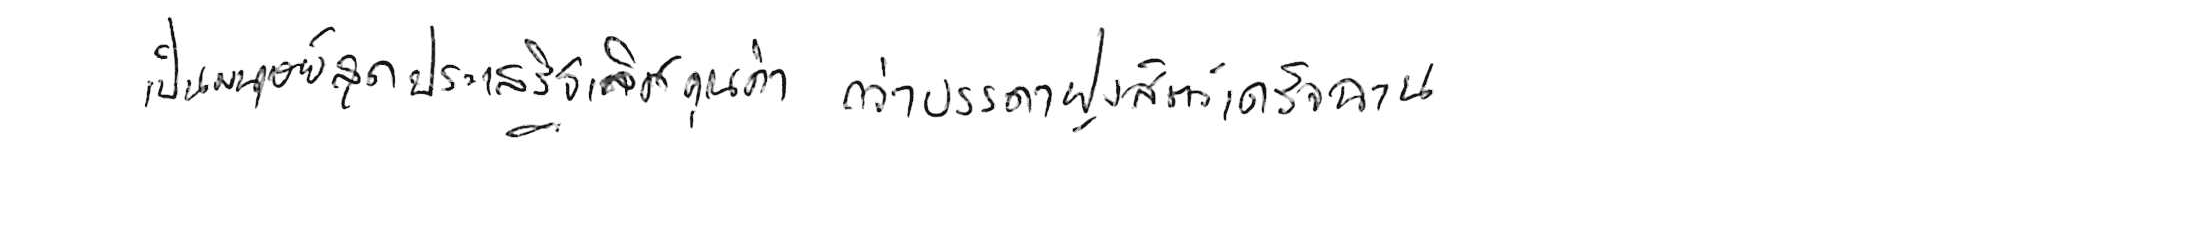
เป็นมนุษย์สุดประเสริฐเลิศคุณค่า กว่าบรรดาฝูงสัตว์เดรัจฉาน